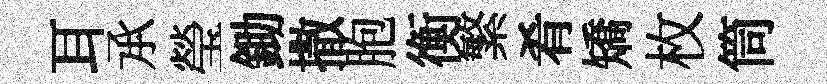
耳𠄘瑩鋤撒胞衡繁肴矯枚筒